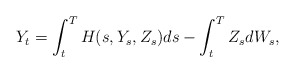
\begin{align*} Y_t = \int_t^T H(s, Y_s, Z_s) ds -\int_t^T Z_s dW_s,\end{align*}